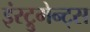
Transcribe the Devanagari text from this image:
इंस्ट्रुमेन्ट्स